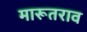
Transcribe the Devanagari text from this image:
मारूतराव